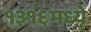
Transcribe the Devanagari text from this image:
१३१६मध्ये